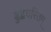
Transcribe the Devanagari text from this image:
बुद्धचरितम्‌